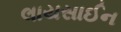
લાયસાઈન